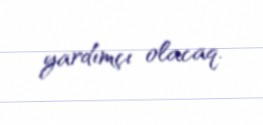
yardımçı olacaq.